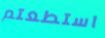
استطعتم